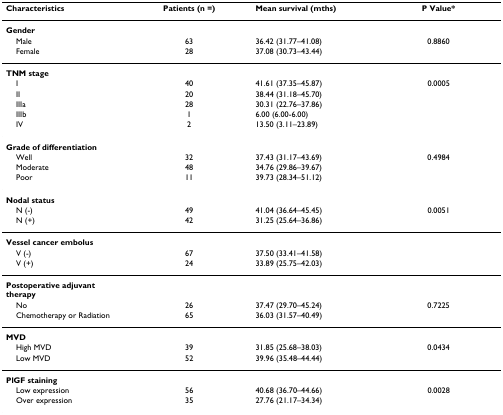
| Characteristics | Patients (n =) | Mean survival (mths) | P Value* |
 | --- | --- | --- | --- |
 | Gender |  |  |  |
 | Male | 63 | 36.42 (31.77–41.08) | 0.8860 |
 | Female | 28 | 37.08 (30.73–43.44) |  |
 | TNM stage |  |  |  |
 | I | 40 | 41.61 (37.35–45.87) | 0.0005 |
 | II | 20 | 38.44 (31.18–45.70) |  |
 | IIIa | 28 | 30.31 (22.76–37.86) |  |
 | IIIb | 1 | 6.00 (6.00-6.00) |  |
 | IV | 2 | 13.50 (3.11–23.89) |  |
 | Grade of differentiation |  |  |  |
 | Well | 32 | 37.43 (31.17–43.69) | 0.4984 |
 | Moderate | 48 | 34.76 (29.86–39.67) |  |
 | Poor | 11 | 39.73 (28.34–51.12) |  |
 | Nodal status |  |  |  |
 | N (-) | 49 | 41.04 (36.64–45.45) | 0.0051 |
 | N (+) | 42 | 31.25 (25.64–36.86) |  |
 | Vessel cancer embolus |  |  |  |
 | V (-) | 67 | 37.50 (33.41–41.58) |  |
 | V (+) | 24 | 33.89 (25.75–42.03) |  |
 | Postoperative adjuvant therapy |  |  |  |
 | No | 26 | 37.47 (29.70–45.24) | 0.7225 |
 | Chemotherapy or Radiation | 65 | 36.03 (31.57–40.49) |  |
 | MVD |  |  |  |
 | High MVD | 39 | 31.85 (25.68–38.03) | 0.0434 |
 | Low MVD | 52 | 39.96 (35.48–44.44) |  |
 | PlGF staining |  |  |  |
 | Low expression | 56 | 40.68 (36.70–44.66) | 0.0028 |
 | Over expression | 35 | 27.76 (21.17–34.34) |  |